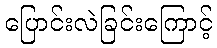
ပြောင်းလဲခြင်းကြောင့်